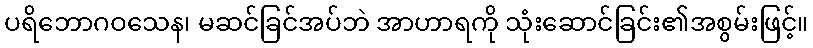
ပရိဘောဂဝသေန၊ မဆင်ခြင်အပ်ဘဲ အာဟာရကို သုံးဆောင်ခြင်း၏အစွမ်းဖြင့်။